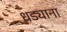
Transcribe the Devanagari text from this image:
धड्याना